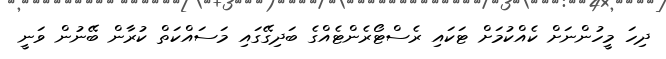
ދިހަ މީހުންނަށް ކެއްކުމަށް ޓަކައި ރެސްޓޯރެންޓެއްގެ ބަދިގޭގައި މަސައްކަތް ކުރާން ބޭނުން ވަނީ